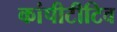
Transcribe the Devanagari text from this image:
कांपीटीटिव